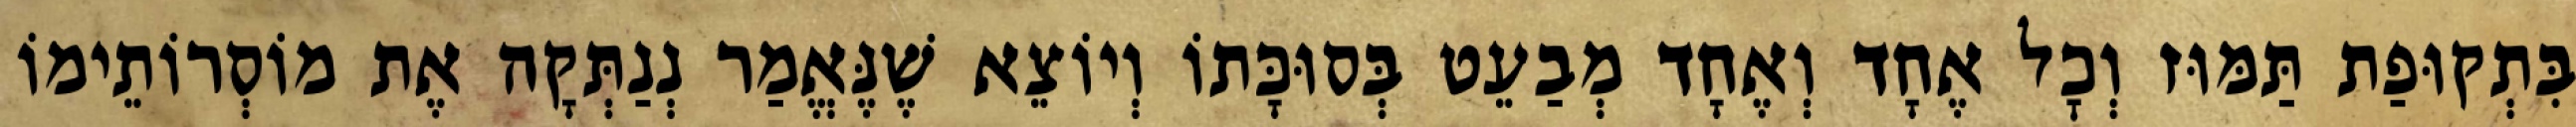
בִּתְקוּפַת תַּמּוּז וְכׇל אֶחָד וְאֶחָד מְבַעֵט בְּסוּכָּתוֹ וְיוֹצֵא שֶׁנֶּאֱמַר נְנַתְּקָה אֶת מוֹסְרוֹתֵימוֹ